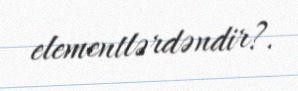
elementlərdəndir?.